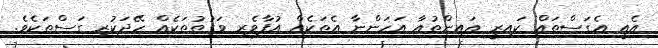
އެއީ އެގަސްތައް ކައިރީ އައިންތުއާ އަހަންނާ އެތަކެއް އުފާވެރި ވަގުތުތަކެއް ހޭދަކުރި ގަސްތަކެވެ.